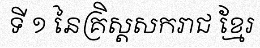
ទី ១ នៃគ្រិស្តសករាជ ខ្មែរ